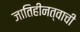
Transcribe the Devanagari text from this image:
जातिहीनत्वाची